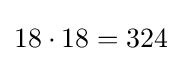
18\cdot 18=324